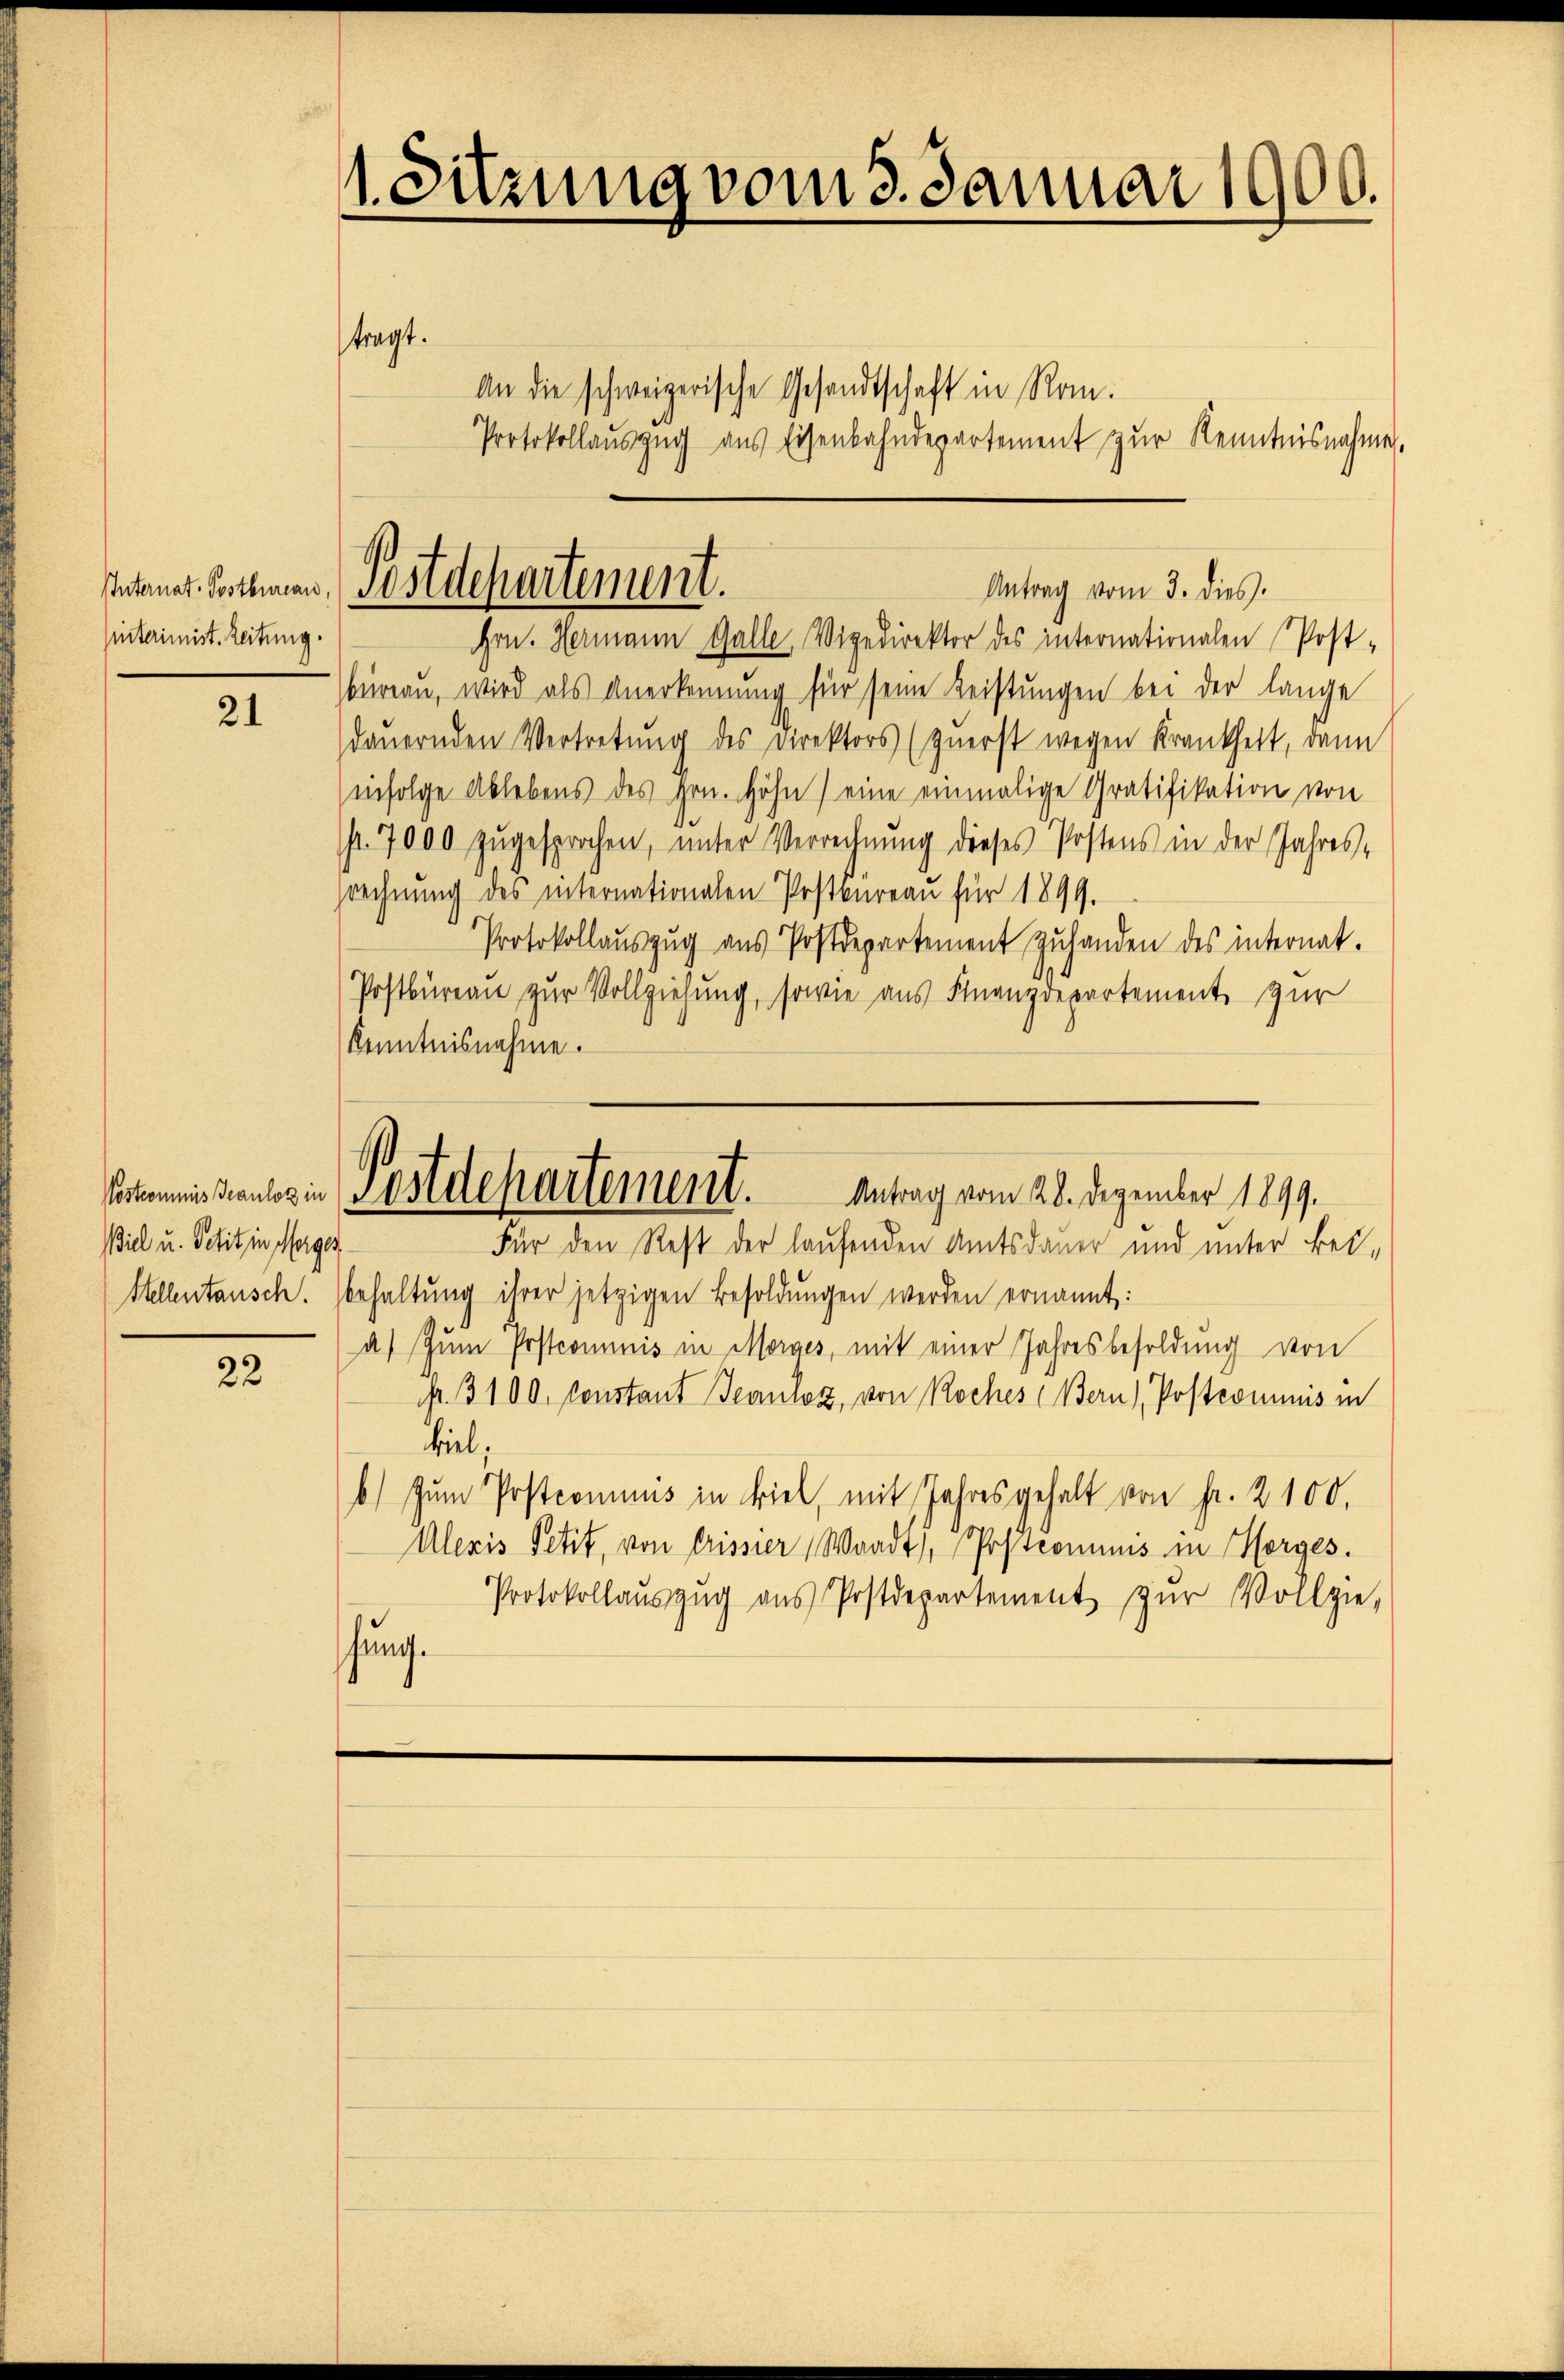
sinterimist. Zeitung.

21

Biel u. Petit in Morges

22

1. Sitzung vom 3. Januar 1900.

tragt.

An die schweizerische Gesandtschaft in Rom.
Protokollaŭszŭg aŭs Eisenbahndepartement zŭr Kenntnisnahme,

Intant. Rothen Postdepartement.
Antrag vom 3. dies.
Hrn. Hermann Galle Vigedirektor des internationalen Post-

büreau, wird als Anerkennung für seine Leistungen bei der lange
dauernden Vertretung des Direktors (zŭerst wegen Krankheit, dann
infolge Ablebens des Hrn. Höhn) eine einmalige Gratifikation von
p. 7000 zugesprochen, unter Verrechnung dieses Postens in der Jahresrechnung des internationalen Postbureau für 1899.
Protokollaŭszŭg aŭs Postdepartement zŭ handen des internat.
Postbureau zur Vollziehung, sowie aus Finanzdepartement zur
Kenntnisnahme.

Postkommnis draulin (Postdepartement. Antrag vom 28. Dezember 1899.
Für den Rest der laufenden Amtsdauer und unter Bei-

Stellentausch. behaltung ihrer jetzigen Besoldungen werden ernannt:
a) Zum Postcommnis in Morges, mit einer Jahresbesoldung von
Nr. 3100. Constant Jeanloz, von Roches (Bern), Postrommnis in
biel;
b) zum Postronimus in viel, mit Jahres gehalt von Fr. 2100.
Aleris Petit, von Crissier (Waadt, Postcommis in Horges.
Protokollaŭszŭg aŭs Postdepartement zŭr Vollzie-
hung.